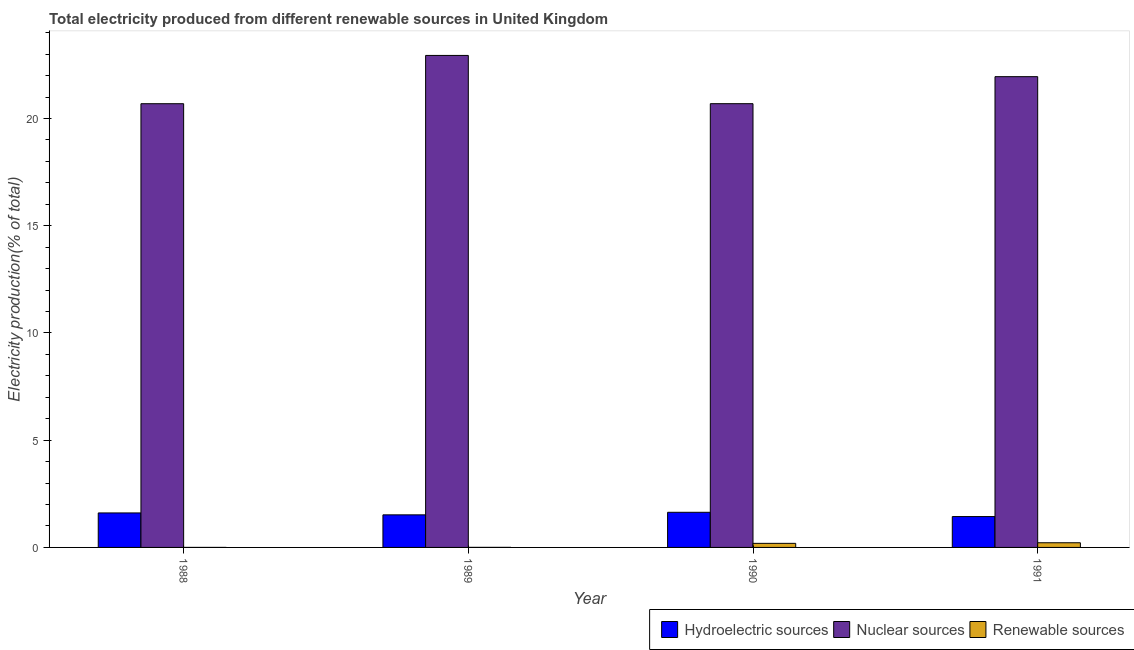
| Year | Hydroelectric sources | Nuclear sources | Renewable sources |
 | --- | --- | --- | --- |
 | 1988 | 1.61 | 20.7 | 0.000326 |
 | 1989 | 1.52 | 22.9 | 0.00288 |
 | 1990 | 1.64 | 20.7 | 0.19 |
 | 1991 | 1.44 | 22 | 0.218 |